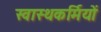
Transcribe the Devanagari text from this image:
स्वास्थकर्मियों